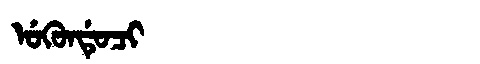
Manchu: ᡠᡴᡠᠨᡩᡠᠴᡳ
Romanization: UKUNDUCI